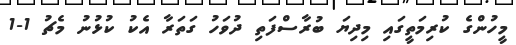
މީހުންގެ ކުރިމަތީގައި މިދިޔަ ބުރާސްފަތި ދުވަހު ގަތަރާ އެކު ކުޅުނު މެޗު 1-1